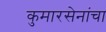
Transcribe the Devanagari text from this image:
कुमारसेनांचा